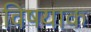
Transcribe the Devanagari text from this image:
विषयाक